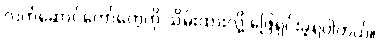
လက်ဆောင်တော်တွေကို သိမ်းထားလို့ ဖြေရှင်းခဲ့ရပါတယ်။